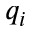
q _ { i }